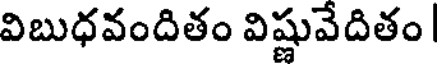
విబుధవందితం విష్ణువేదితం |